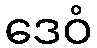
ဒေဝံ